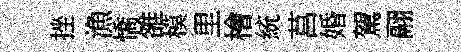
挫漁憍雒模里檜統莒婚駕翮